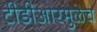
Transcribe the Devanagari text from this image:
टीडीआरमुळेच